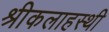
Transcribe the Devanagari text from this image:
श्रीकलाहस्थी